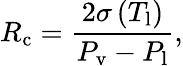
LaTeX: R_{\mathrm{c}}=\frac{2\sigma\left(T_{\mathrm{l}}\right)}{P_{\mathrm{v}}-P_{\mathrm{l}}},